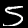
Label: 5